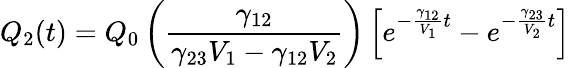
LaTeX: Q_{2}(t)=Q_{0}\left(\frac{\gamma_{12}}{\gamma_{23}V_{1}-\gamma_{12}V_{2}}\right)\left[e^{-\frac{\gamma_{12}}{V_{1}}t}-e^{-\frac{\gamma_{23}}{V_{2}}t}\right]